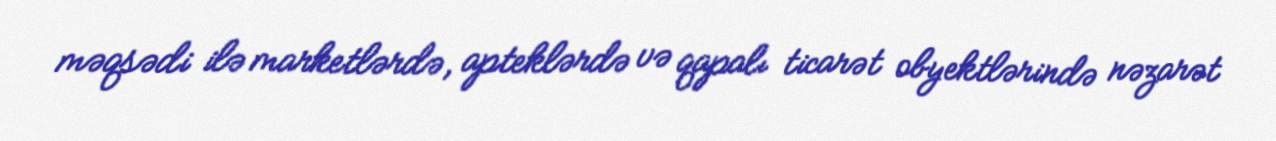
məqsədi ilə marketlərdə, apteklərdə və qapalı ticarət obyektlərində nəzarət